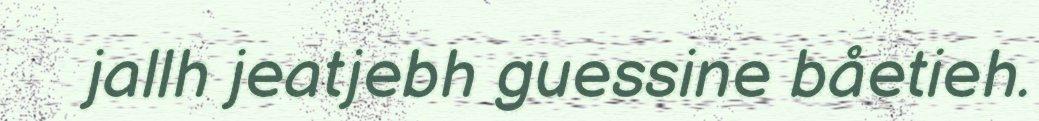
jallh jeatjebh guessine båetieh.